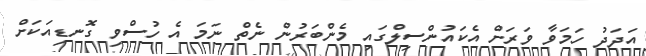
އަދަދު ހަމަވާ ވަރަށް އެކައުންސިލްގައި މެންބަރުން ނެތް ނަމަ އެ ހުސްވި ގޮނޑިއަކަށް